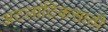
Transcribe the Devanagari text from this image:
अटलांटिकसाठी